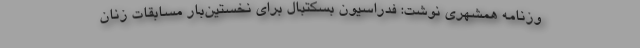
وزنامه همشهری نوشت: فدراسیون بسکتبال برای نخستین‌بار مسابقات زنان